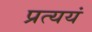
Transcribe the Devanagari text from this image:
प्रत्ययं